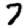
Digit: 7